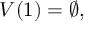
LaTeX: V ( 1 ) = \emptyset ,